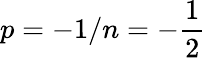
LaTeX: p=-1/n=-{\frac{1}{2}}